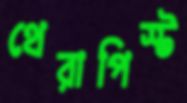
থেরাপিস্ট